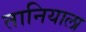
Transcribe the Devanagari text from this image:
तानियाला